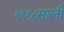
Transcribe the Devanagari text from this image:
१९१८साली